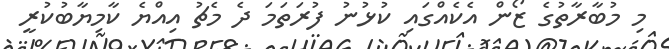
މި މުބާރާތުގެ ޒޯން އެކެއްގައި ކުޅުނު ފުރަތަމަ ދެ މެޗު އިއްޔެ ކާމިޔާބުކުރީ